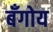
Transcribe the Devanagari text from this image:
बँगोय